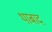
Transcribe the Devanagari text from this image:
थाबाद